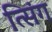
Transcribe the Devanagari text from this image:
त्सिंग